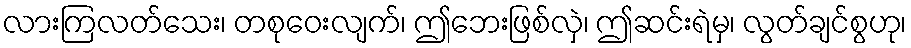
လားကြလတ်သေး၊ တစုဝေးလျက်၊ ဤဘေးဖြစ်လှဲ၊ ဤဆင်းရဲမှ၊ လွတ်ချင်စွဟု၊